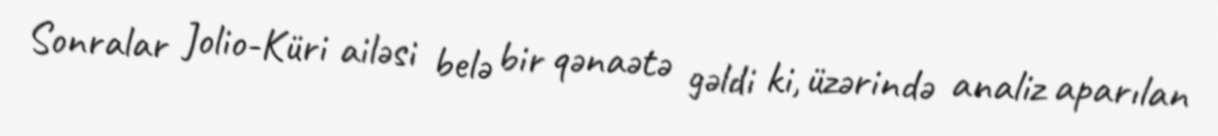
Sonralar Jolio-Küri ailəsi belə bir qənaətə gəldi ki, üzərində analiz aparılan